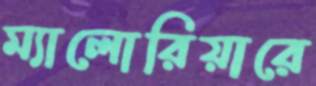
ম্যালোরিয়ারে